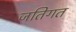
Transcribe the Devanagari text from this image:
जतिगत